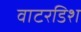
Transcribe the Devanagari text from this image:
वाटरडिश